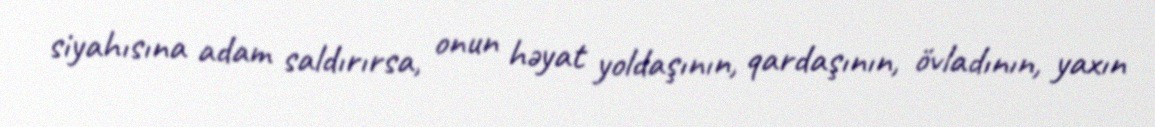
siyahısına adam saldırırsa, onun həyat yoldaşının, qardaşının, övladının, yaxın